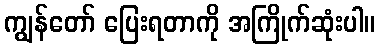
ကျွန်တော် ပြေးရတာကို အကြိုက်ဆုံးပါ။